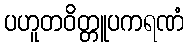
ပဟူတဝိတ္တူပကရဏံ